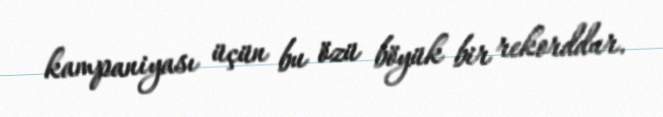
kampaniyası üçün bu özü böyük bir rekorddur.